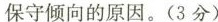
保守倾向的原因。(3分)